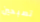
تصبحين